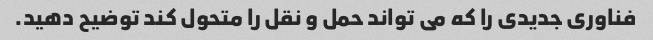
فناوری جدیدی را که می تواند حمل و نقل را متحول کند توضیح دهید.